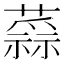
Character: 𧀂